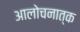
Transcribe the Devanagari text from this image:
आलोचनात्‍क